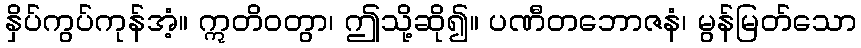
နှိပ်ကွပ်ကုန်အံ့။ ဣတိဝတွာ၊ ဤသို့ဆို၍။ ပဏီတဘောဇနံ၊ မွန်မြတ်သော